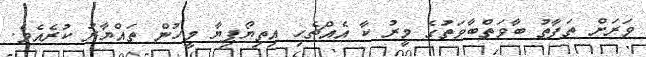
ވަރަށް ތަފާތު ބާވަތްބާވަތުގެ މީރު ކާ އެއްޗެހި އިތިޔޯޕިޔާ މީހުން ތައްޔާރު ކުރެއެވެ.